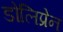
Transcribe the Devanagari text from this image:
डोलिप्रेन